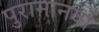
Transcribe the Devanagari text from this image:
पुरामानवों